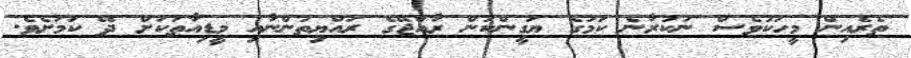
ތެރެއިން މީހަކުވެސް ނުކުރާނެ ކަމުގެ ޔަގީންކަން ރާއްޖޭގެ ރައްޔިތުންނާއި މީޑިއާތަކަށް ދޭ ކަމަށެވެ.